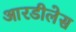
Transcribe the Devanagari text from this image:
आरडीलेस